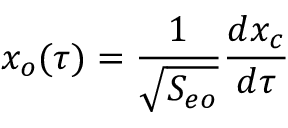
x _ { o } ( \tau ) = { \frac { 1 } { \sqrt { S _ { e o } } } } { \frac { d x _ { c } } { d \tau } }